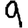
Digit: 9